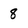
Character: 8